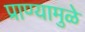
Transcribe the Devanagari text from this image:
प्राण्यामुळे